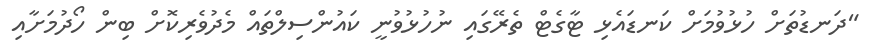
"ދަނޑުތަށް ހުޅުވުމަށް ކަނޑައެޅި ޓާގެޓް ތެރޭގައި ނުހުޅުވުނީ ކައުންސިލްތައް މެދުވެރިކޮށް ބިން ހޯދުމަށާއި